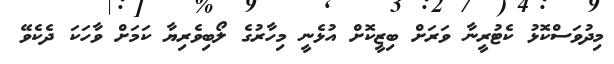
މިދުވަސްކޮޅު ކެޓުރީނާ ވަރަށް ބިޒީކޮށް އުޅެނީ މިހާރުގެ ލޯބިވެރިޔާ ކަމަށް ވާހަކަ ދެކެވޭ